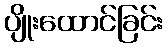
ပျိုးထောင်ခြင်း